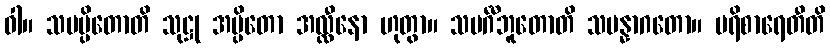
ဝါ။ သမပ္ပိတောတိ သုဋ္ဌု အပ္ပိတော အလ္လီနော ဟုတွာ။ သမင်္ဂီဘူတောတိ သမန္နာဂတော။ ပရိစာရေတီတိ